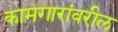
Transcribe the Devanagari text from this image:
कामगारांवरील